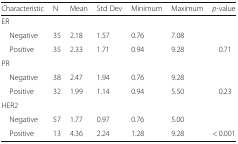
<table><thead><tr><td><b>Characteristic</b></td><td><b>N</b></td><td><b>Mean</b></td><td><b>Std Dev</b></td><td><b>Minimum</b></td><td><b>Maximum</b></td><td><b><i>p</i>-value</b></td></tr></thead><tbody><tr><td colspan="7">ER</td></tr><tr><td> Negative</td><td>35</td><td>2.18</td><td>1.57</td><td>0.76</td><td>7.08</td><td></td></tr><tr><td> Positive</td><td>35</td><td>2.33</td><td>1.71</td><td>0.94</td><td>9.28</td><td>0.71</td></tr><tr><td colspan="7">PR</td></tr><tr><td> Negative</td><td>38</td><td>2.47</td><td>1.94</td><td>0.76</td><td>9.28</td><td></td></tr><tr><td> Positive</td><td>32</td><td>1.99</td><td>1.14</td><td>0.94</td><td>5.50</td><td>0.23</td></tr><tr><td colspan="7">HER2</td></tr><tr><td> Negative</td><td>57</td><td>1.77</td><td>0.97</td><td>0.76</td><td>5.00</td><td></td></tr><tr><td> Positive</td><td>13</td><td>4.36</td><td>2.24</td><td>1.28</td><td>9.28</td><td>&lt; 0.001</td></tr></tbody></table>